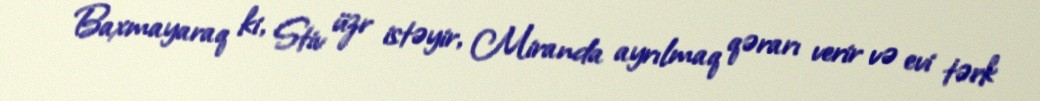
Baxmayaraq ki, Stiv üzr istəyir, Miranda ayrılmaq qərarı verir və evi tərk